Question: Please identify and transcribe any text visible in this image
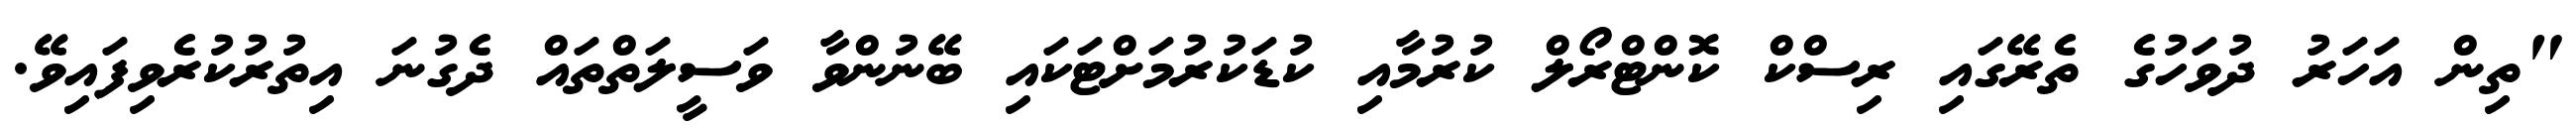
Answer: "ތިން އަހަރު ދުވަހުގެ ތެރޭގައި ރިސްކް ކޮންޓްރޯލް ކުރުމާއި ކުޑަކުރުމަށްޓަކައި ބޭނުންވާ ވަސީލަތްތައް ދެގުނަ އިތުރުކުރެވިފައިވޭ.